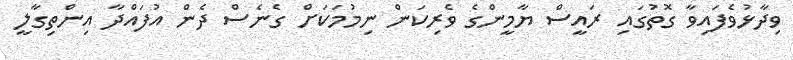
ވިދާޅުވެފައިވާ ގޮތުގައި ރައީސް ޔާމީންގެ ވެރިކަން ނިމުމަކަށް ގެނެސް ދެން އުފައްދާ އިންތިގާލީ